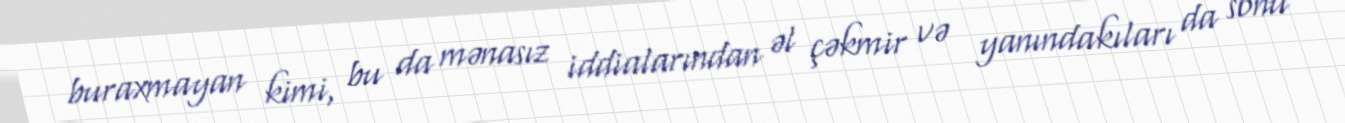
buraxmayan kimi, bu da mənasız iddialarından əl çəkmir və yanındakıları da sonu